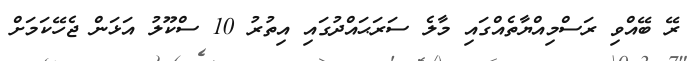
ރޭ ބޭއްވި ރަސްމިއްޔާތެއްގައި މާލެ ސަރަޙައްދުގައި އިތުރު 10 ސްކޫލު އަޅަން ޖެހޭކަމަށް